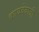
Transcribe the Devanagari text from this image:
कायदेबाजी